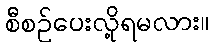
စီစဉ်ပေးလို့ရမလား။